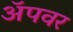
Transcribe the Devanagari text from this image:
अॅपवर